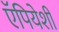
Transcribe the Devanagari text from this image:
ऍपियेशी